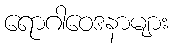
ရောဂါဝေဒနာများ